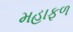
મહાફળ